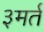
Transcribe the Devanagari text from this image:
३मर्त